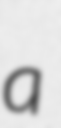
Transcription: a